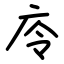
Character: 㡵